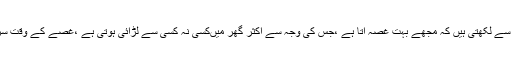
بنت ثنا ء اللہ ،ڈھلو سے لکھتی ہیں کہ مجھے بہت غصہ آتا ہے ،جس کی وجہ سے اکثر گھر میںکسی نہ کسی سے لڑائی ہوتی ہے ،غصے کے وقت سر میں درد ہوتا ہے۔